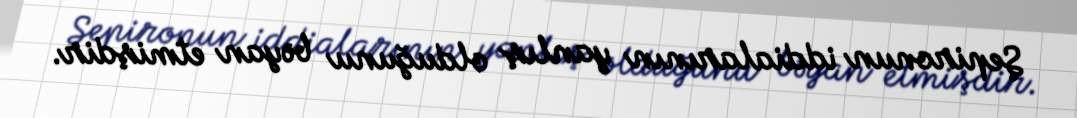
Şepironun iddialarının yanlış olduğunu bəyan etmişdir.